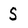
Character: s